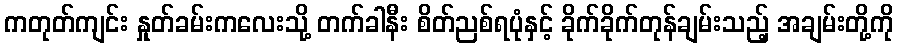
ကတုတ်ကျင်း နှုတ်ခမ်းကလေးသို့ တက်ခါနီး စိတ်ညစ်ရပုံနှင့် ခိုက်ခိုက်တုန်ချမ်းသည့် အချမ်းတို့ကို